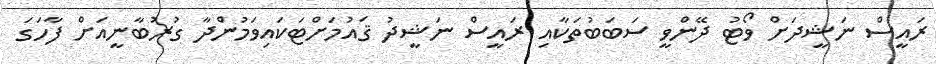
ރައީސް ނަޝީދަށް ވޯޓު ދޭންވީ ސަބަބުތަކާއި ރައީސް ނަޝީދު ޤައުމަށްޓަކައިވަމުންދާ ގުރުބާނީއަށް ފާހަގަ